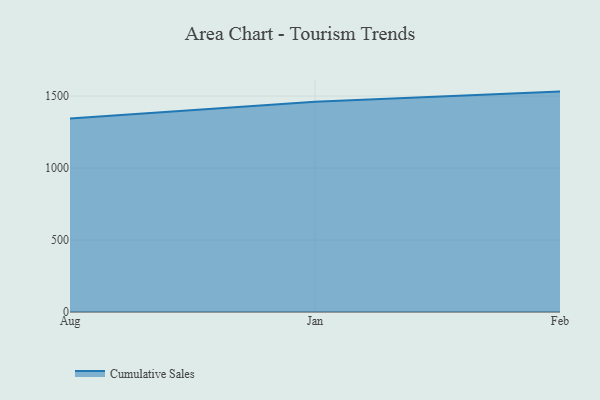
{"axis": {"x": "Month", "y": "Demand Index"}, "legend": ["Cumulative Sales"], "data": [{"x": "Aug", "y": 1344.8, "type": "Cumulative Sales"}, {"x": "Jan", "y": 1460.7, "type": "Cumulative Sales"}, {"x": "Feb", "y": 1531.0, "type": "Cumulative Sales"}]}